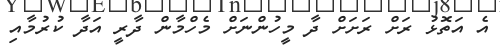
އެ އަތޮޅު ރަށް ރަށަށް ދާ މީހުންނަށް މެހްމާން ދާރީ އަދާ ކުރުމާއި